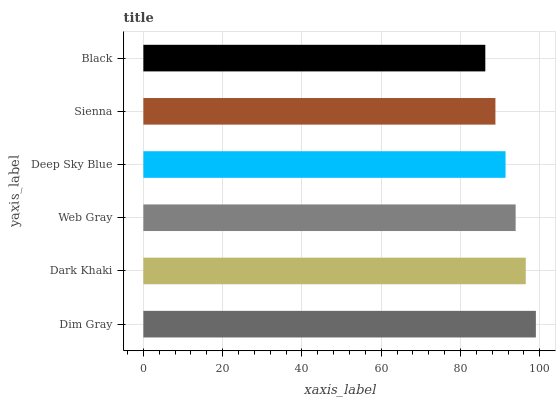
| yaxis_label | bars |
 | --- | --- |
 | Dim Gray | 99 |
 | Dark Khaki | 96.4 |
 | Web Gray | 93.9 |
 | Deep Sky Blue | 91.3 |
 | Sienna | 88.8 |
 | Black | 86.2 |